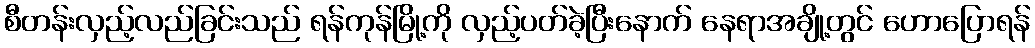
စီတန်းလှည့်လည်ခြင်းသည် ရန်ကုန်မြို့ကို လှည့်ပတ်ခဲ့ပြီးနောက် နေရာအချို့တွင် ဟောပြောရန်